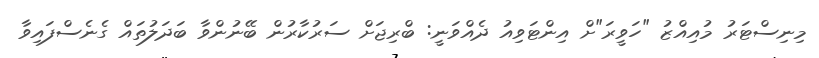
މިނިސްޓަރު މުއިއްޒު "ހަވީރަ"ށް އިންޓަވިއު ދެއްވަނީ: ބްރިޖަށް ސަރުކާރުން ބޭނުންވާ ބަދަލުތައް ގެނެސްފައިވާ